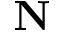
{ \bf N }